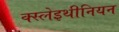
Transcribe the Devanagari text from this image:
क्स्लेइथीनियन